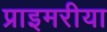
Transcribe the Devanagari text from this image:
प्राइमरीया